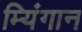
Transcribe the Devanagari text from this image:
म्यिंगान